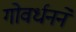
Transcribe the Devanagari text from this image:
गोवर्धनने